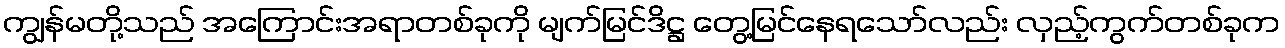
ကျွန်မတို့သည် အကြောင်းအရာတစ်ခုကို မျက်မြင်ဒိဋ္ဌ တွေ့မြင်နေရသော်လည်း လှည့်ကွက်တစ်ခုက